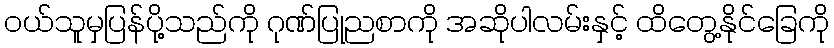
ဝယ်သူမှပြန်ပို့သည်ကို ဂုဏ်ပြုညစာကို အဆိုပါလမ်းနှင့် ထိတွေ့နိုင်ခြေကို